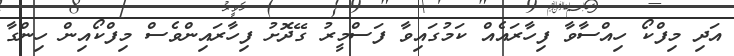
އަދި މިފްކޯ ހިއްސާވާ ފިހާރައެއް ކަމުގައިވާ ފަސްމީރު ގޭދޮށު ފިހާރައިންވެސް މިފްކޯއިން ހިންގާ